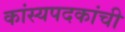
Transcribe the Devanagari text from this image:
कांस्यपदकांची